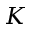
K